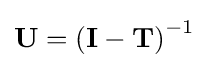
\mathbf {U} =\left(\mathbf {I} -\mathbf {T} \right)^{-1}